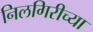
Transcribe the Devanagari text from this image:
निलगिरीच्या